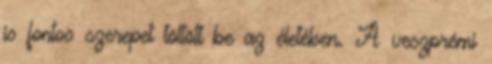
is fontos szerepet töltött be az életében. A veszprémi